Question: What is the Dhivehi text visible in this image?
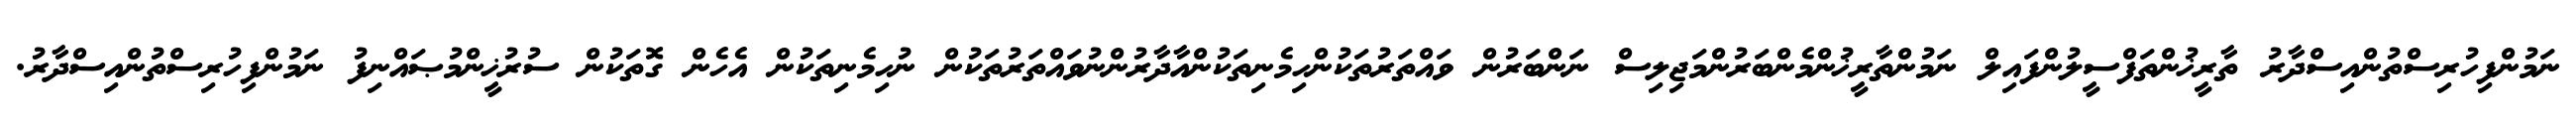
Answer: ނަމުންފިހުރިސްތުންއިސްދާރު ތާރީޚުންތަފްސީލުންފައިލް ނަމުންތާރީޚުންމެންބަރުންމަޖިލިސް ނަންބަރުން ވައްތަރުތަކުންހިމެނިތަކުންއާދާރުންނުވައްތަރުތަކުން ނުހިމެނިތަކުން އެހެން ގޮތަކުން ސުރުޚީންމުޞައްނިފު ނަމުންފިހުރިސްތުންއިސްދާރު.